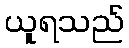
ယူရသည်